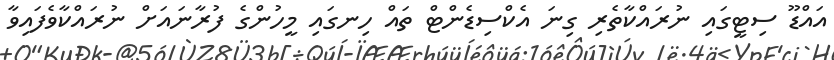
އައްޑޫ ސިޓީގައި ނުރައްކާތެރި ގިނަ އެކްސިޑެންޓް ތައް ހިނގައި މީހުންގެ ފުރާނައަށް ނުރައްކާވެފައިވާ